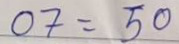
07 = 50